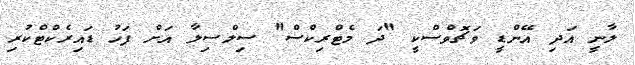
ލާނީ އަދި އޭންޑީ ވަޗޮވްސްކީ "ދަ މެޓްރިކްސް" ސިލްސިލާ އަށް ފަހު ޑައިރެކްޓްކުރި